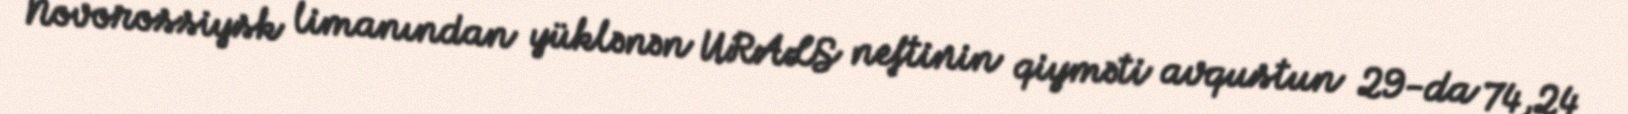
Novorossiysk limanından yüklənən URALS neftinin qiyməti avqustun 29-da 74,24